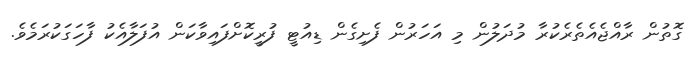
ގޮތުން ރާއްޖެއެތެރެކުރާ މުދަލުން މި އަހަރުން ފެށިގެން ޑިއުޓީ ފުރީކޮށްފައިވާކަން އުފަލާއެކު ފާހަގަކުރަމެވެ.